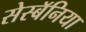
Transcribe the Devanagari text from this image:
सेस्बॅनिया